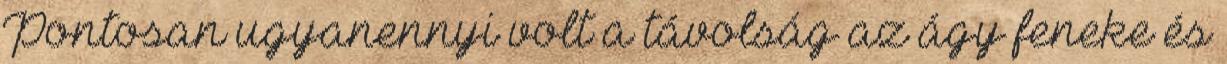
Pontosan ugyanennyi volt a távolság az ágy feneke és